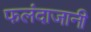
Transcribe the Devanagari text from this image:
फलंदाजानी